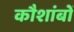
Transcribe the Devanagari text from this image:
कौशांबों